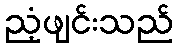
ညံ့ဖျင်းသည်